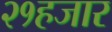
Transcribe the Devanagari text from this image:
२१हजार